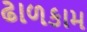
ઢાળકામ